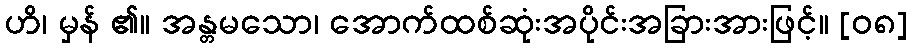
ဟိ၊ မှန် ၏။ အန္တမသော၊ အောက်ထစ်ဆုံးအပိုင်းအခြားအားဖြင့်။ [၀၈]